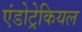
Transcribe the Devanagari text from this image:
एंडोट्रेकियल